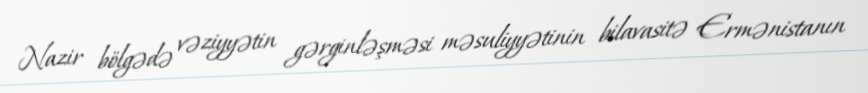
Nazir bölgədə vəziyyətin gərginləşməsi məsuliyyətinin bilavasitə Ermənistanın